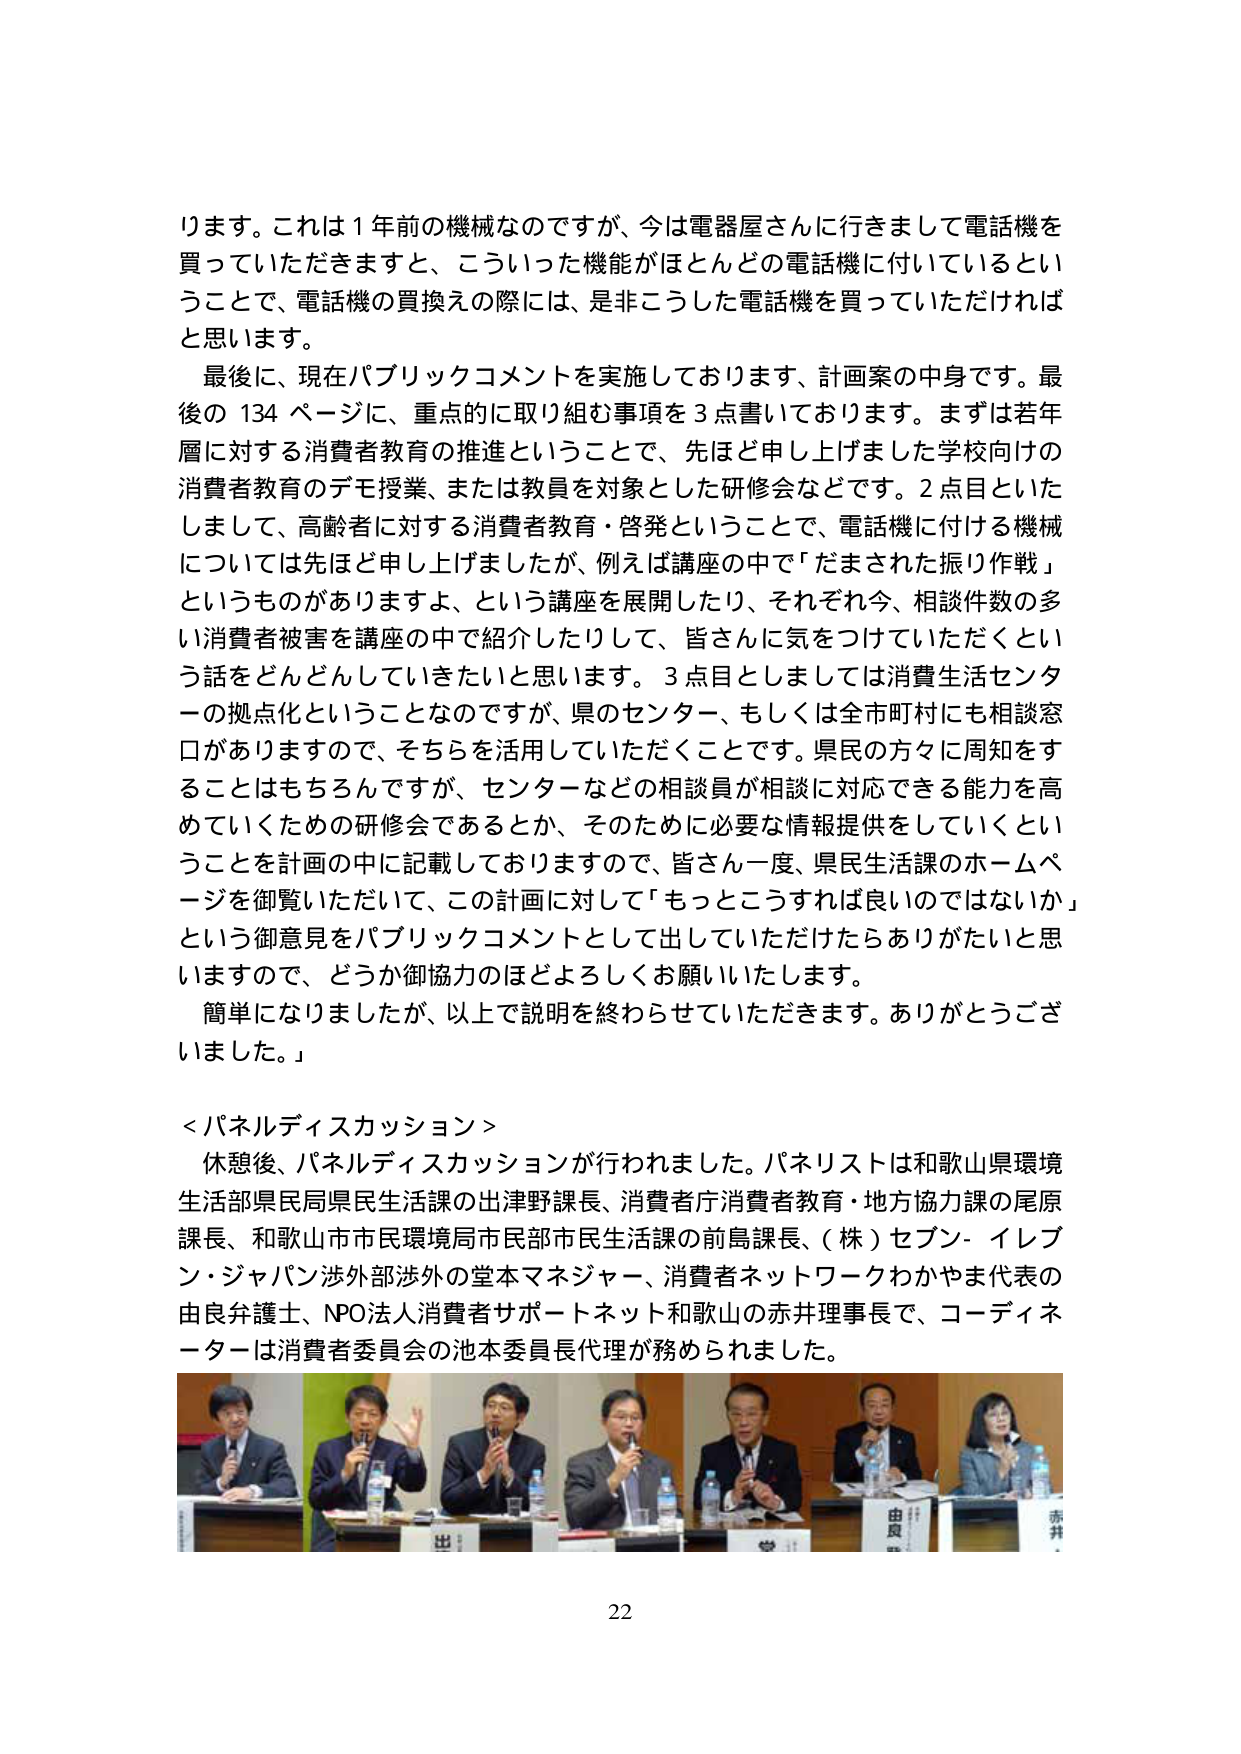
ります。これは１年前の機械なのですが、今は電器屋さんに行きまして電話機を
買っていただきますと、こういった機能がほとんどの電話機に付いているとい
うことで、電話機の買換えの際には、是非こうした電話機を買っていただければ
と思います。
最後に、現在パブリックコメントを実施しております、計画案の中身です。最
後の134ページに、重点的に取り組む事項を3点書いております。まずは若年
層に対する消費者教育の推進ということで、先ほど申し上げました学校向けの
消費者教育のデモ授業、または教員を対象とした研修会などです。2点目といた
しまして、高齢者に対する消費者教育・啓発ということで、電話機に付ける機械
については先ほど申し上げましたが、例えば講座の中で「だまされた振り作戦」
というものがありますよ、という講座を展開したり、それぞれ今、相談件数の多
い消費者被害を講座の中で紹介したりして、皆さんに気をつけていただくとい
う話をどんどんしていきたいと思います。3点目としましては消費生活センタ
ーの拠点化ということなのですが、県のセンター、もしくは全市町村にも相談窓
口がありますので、そちらを活用していただくことです。県民の方々に周知をす
ることはもちろんですが、センターなどの相談員が相談に対応できる能力を高
めていくための研修会であるとか、そのために必要な情報提供をしていくとい
うことを計画の中に記載しておりますので、皆さん一度、県民生活課のホームペ
ージを御覧いただいて、この計画に対して「もっとこうすれば良いのではないか」
という御意見をパブリックコメントとして出していただけたらありがたいと思
いますので、どうか御協力のほどよろしくお願いいたします。
簡単になりましたが、以上で説明を終わらせていただきます。ありがとうございました。」

＜パネルディスカッション＞
休憩後、パネルディスカッションが行われました。パネリストは和歌山県環境
生活部県民局県民生活課の出津野課長、消費者庁消費者教育・地方協力課の尾原
課長、和歌山市市民環境局市民部市民生活課の前島課長、（株）セブン-イレブ
ン・ジャパン渉外部渉外の堂本マネジャー、消費者ネットワークわかやま代表の
由良弁護士、NPO法人消費者サポートネット和歌山の赤井理事長で、コーディネ
ーターは消費者委員会の池本委員長代理が務められました。

出
由良
赤井

22